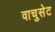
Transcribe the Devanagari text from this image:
वाचुसेट